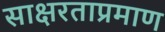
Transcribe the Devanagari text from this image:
साक्षरताप्रमाण